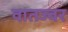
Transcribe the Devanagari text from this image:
वातज्वर